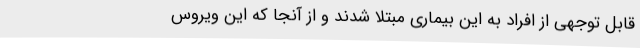
قابل توجهی از افراد به این بیماری مبتلا شدند و از آنجا که این ویروس